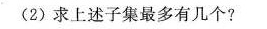
（2）求上述子集最多有几个？